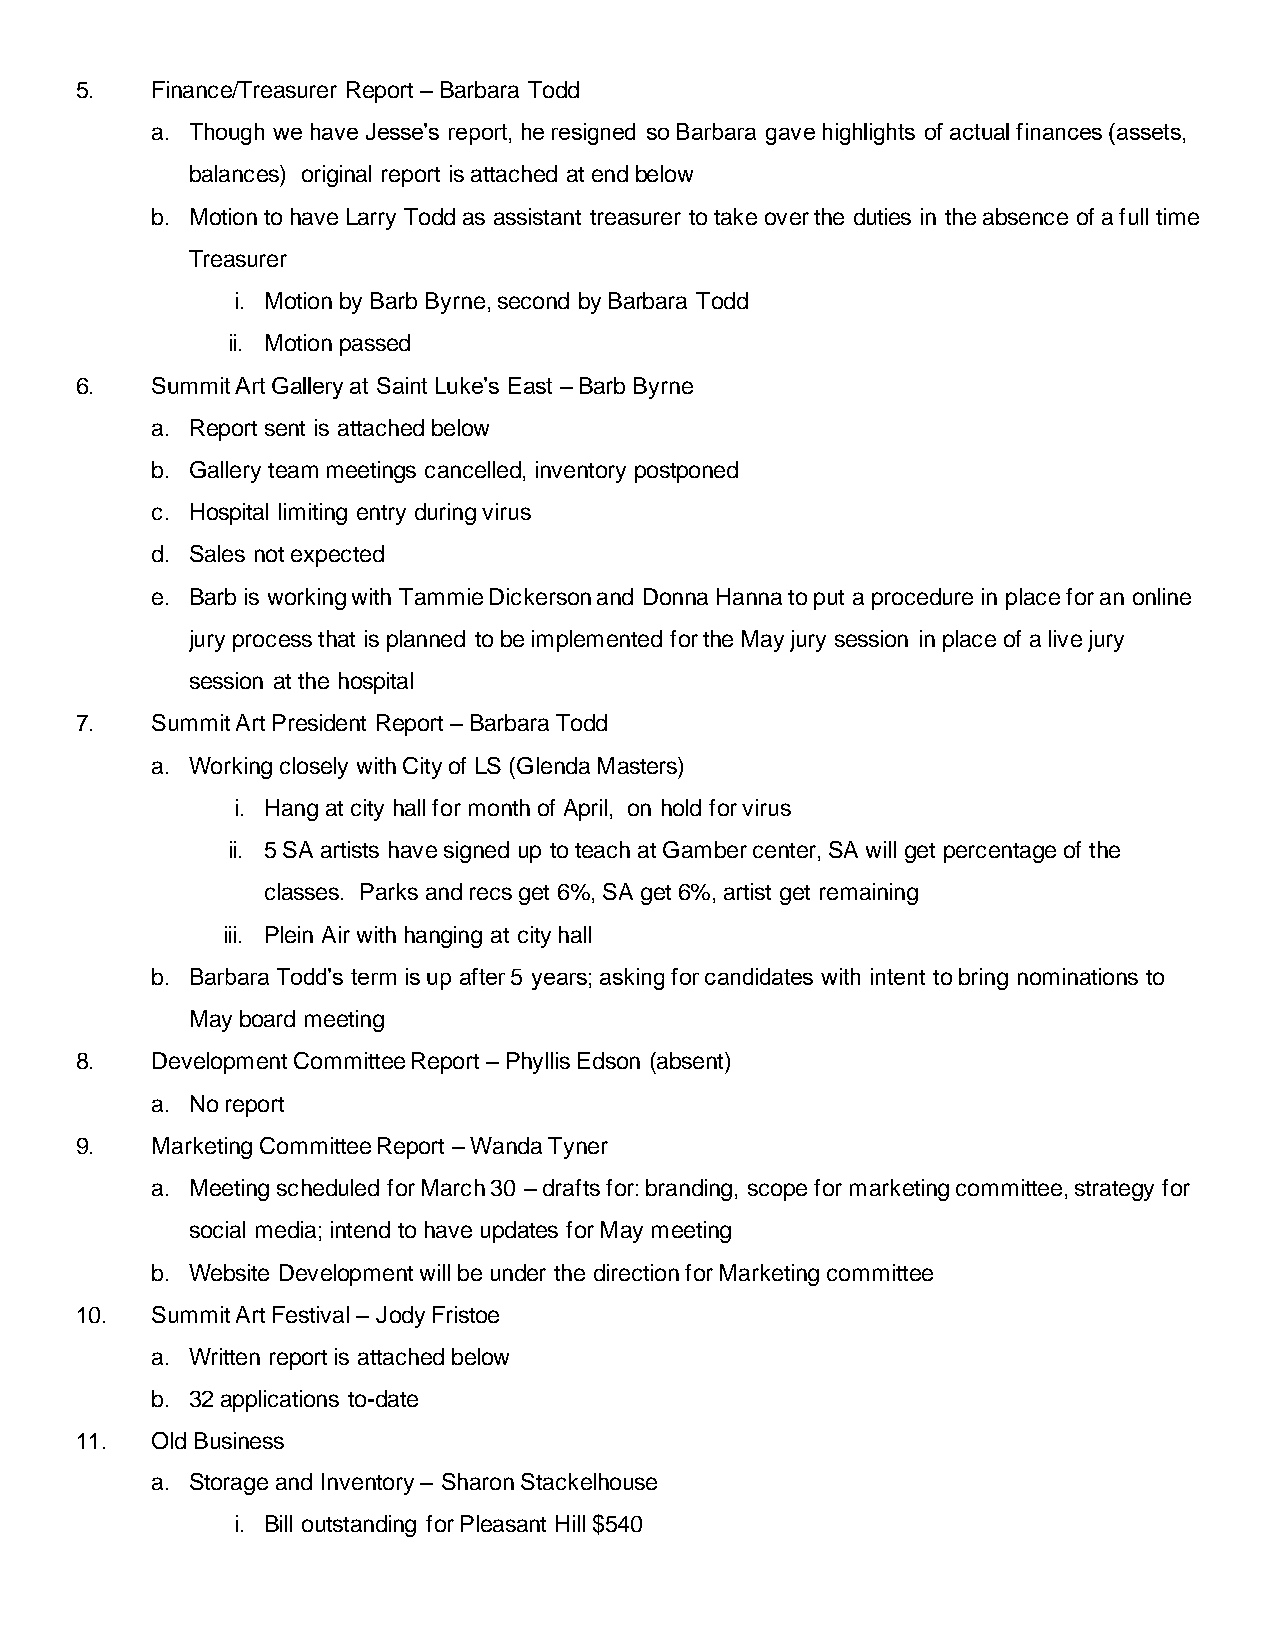
5.   Finance/Treasurer Report – Barbara Todd
 a. Though we have Jesse’s report, he resigned so Barbara gave highlights of actual finances (assets,
 balances) original report is attached at end below
 b. Motion to have Larry Todd as assistant treasurer to take over the duties in the absence of a full time
 Treasurer
 i. Motion by Barb Byrne, second by Barbara Todd
 ii. Motion passed
 6.   Summit Art Gallery at Saint Luke’s East – Barb Byrne
 a. Report sent is attached below
 b. Gallery team meetings cancelled, inventory postponed
 c. Hospital limiting entry during virus
 d. Sales not expected
 e. Barb is working with Tammie Dickerson and Donna Hanna to put a procedure in place for an online
 jury process that is planned to be implemented for the May jury session in place of a live jury
 session at the hospital
 7.   Summit Art President Report – Barbara Todd
 a. Working closely with City of LS (Glenda Masters)
 i. Hang at city hall for month of April, on hold for virus
 ii. 5 SA artists have signed up to teach at Gamber center, SA will get percentage of the
 classes. Parks and recs get 6%, SA get 6%, artist get remaining
 iii. Plein Air with hanging at city hall
 b. Barbara Todd’s term is up after 5 years; asking for candidates with intent to bring nominations to
 May board meeting
 8.   Development Committee Report – Phyllis Edson (absent)
 a. No report
 9.   Marketing Committee Report – Wanda Tyner
 a. Meeting scheduled for March 30 – drafts for: branding, scope for marketing committee, strategy for
 social media; intend to have updates for May meeting
 b. Website Development will be under the direction for Marketing committee
 10.  Summit Art Festival – Jody Fristoe
 a. Written report is attached below
 b. 32 applications to-date
 11.  Old Business
 a. Storage and Inventory – Sharon Stackelhouse
 i. Bill outstanding for Pleasant Hill $540